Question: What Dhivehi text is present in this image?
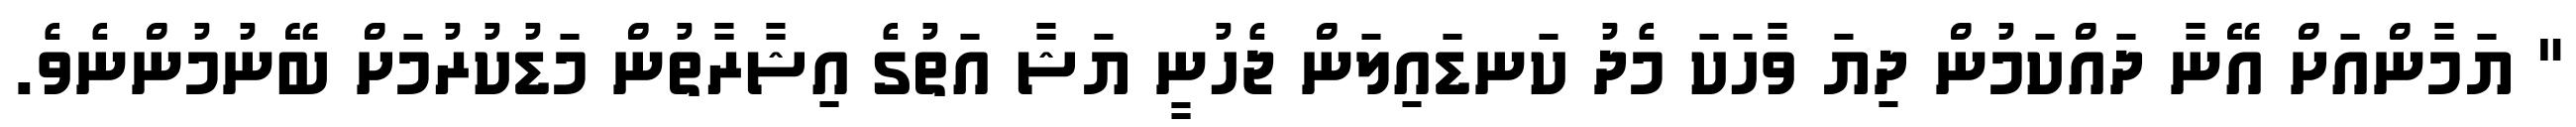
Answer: " ޔަމާންއަށް އޭނާ ދައްކަމުން ދިޔަ ވާހަކަ މެދު ކަނޑައިލަން ޖެހުނީ ޔަޝާ އަތުގެ އިޝާރާތުން މަޑުކުރުމަށް ބޭނުމުންނެވެ.